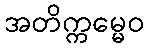
အတိက္ကမ္မေဝ